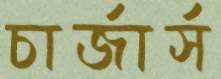
চার্জার্স